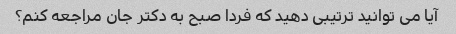
آیا می توانید ترتیبی دهید که فردا صبح به دکتر جان مراجعه کنم؟